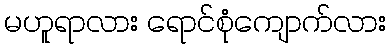
မဟူရာလား ရောင်စုံကျောက်လား